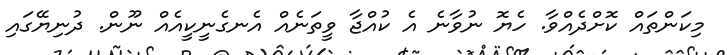
މިކަންތައް ކޮށްދެއްވާ. ހެޔޮ ނުވާނެ އެ ކުއްޖާ ވީތަނެއް އެނގެނީކީއެއް ނޫން. ދުނިޔޭގައި